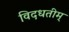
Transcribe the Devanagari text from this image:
विदधतीम्